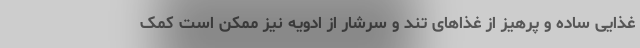
غذایی ساده و پرهیز از غذاهای تند و سرشار از ادویه نیز ممکن است کمک